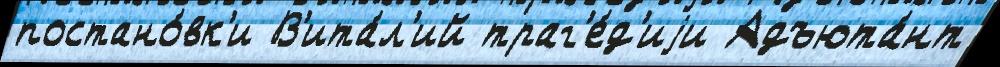
постано́вк'и В'ита́л'ий траг'е́д'иjи Адъюта́нт